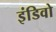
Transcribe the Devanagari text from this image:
इंडिवो